Annual administration report of the Civil Veterinary Department of India - 1895-1896
Year: 1895
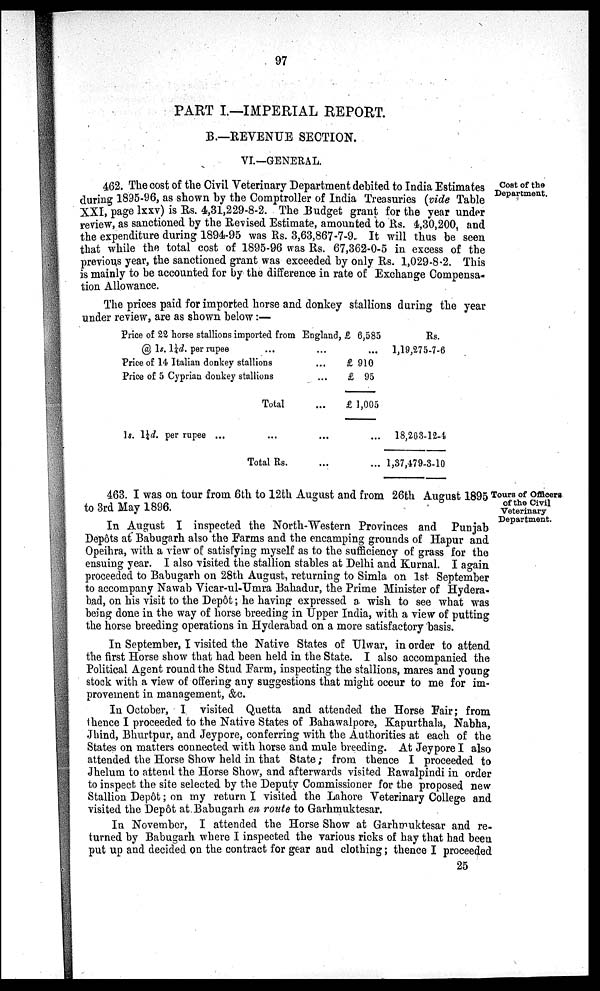
97
PART I.—IMPERIAL REPORT.
B.—REVENUE SECTION.
VI.—GENERAL.
Cost of the
Department.
462. The cost of the Civil Veterinary Department debited to India Estimates
during 1895-96, as shown by the Comptroller of India Treasuries (vide Table
XXI, page lxxv) is Rs. 4,31,229-8-2. The Budget grant for the year under
review, as sanctioned by the Revised Estimate, amounted to Rs. 4,30,200, and
the expenditure during 1894-95 was Rs. 3,63,867-7-9. It will thus be seen
that while the total cost of 1895-96 was Rs. 67,362-0-5 in excess of the
previous year, the sanctioned grant was exceeded by only Rs. 1,029-8-2. This
is mainly to be accounted for by the difference in rate of Exchange Compensa-
tion Allowance.
The prices paid for imported horse and donkey stallions during the year
under review, are as shown below:—
Price of 22 horse stallions imported from England, £ 6,585
@ 1s. 1¼d. per rupee
...
...
Price of 14 Italian donkey stallions...
Price of 5 Cyprian donkey stallions...
Total
...
1s. 1¼d. per rupee ...
...
...
Total Rs.
...
...
£ 910
£ 95
£ 1,005
...
...
Rs.
1,19,275-7-6
18,203-12-4
1,37,479-3-10
Tours of Officers
of the Civil
Veterinary
Department.
463. I was on tour from 6th to 12th August and from 26th August 1895
to 3rd May 1896.
In August I inspected the North-Western Provinces and Punjab
Depôts at Babugarh also the Farms and the encamping grounds of Hapur and
Opeihra, with a view of satisfying myself as to the sufficiency of grass for the
ensuing year. I also visited the stallion stables at Delhi and Kurnal. I again
proceeded to Babugarh on 28th August, returning to Simla on 1st September
to accompany Nawab Vicar-ul-Umra Bahadur, the Prime Minister of Hydera-
bad, on his visit to the Depôt; he having expressed a wish to see what was
being done in the way of horse breeding in Upper India, with a view of putting
the horse breeding operations in Hyderabad on a more satisfactory basis.
In September, I visited the Native States of Ulwar, in order to attend
the first Horse show that had been held in the State. I also accompanied the
Political Agent round the Stud Farm, inspecting the stallions, mares and young
stock with a view of offering any suggestions that might occur to me for im-
provement in management, &c.
In October, I visited Quetta and attended the Horse Fair; from
thence I proceeded to the Native States of Bahawalpore, Kapurthala, Nabha,
Jhind, Bhurtpur, and Jeypore, conferring with the Authorities at each of the
States on matters connected with horse and mule breeding. At Jeypore I also
attended the Horse Show held in that State; from thence I proceeded to
Jhelum to attend the Horse Show, and afterwards visited Rawalpindi in order
to inspect the site selected by the Deputy Commissioner for the proposed new
Stallion Depôt; on my return I visited the Lahore Veterinary College and
visited the Depot at Babugarh en route to Garhmuktesar.
In November, I attended the Horse Show at Garhmuktesar and re-
turned by Babugarh where I inspected the various ricks of hay that had been
put up and decided on the contract for gear and clothing; thence I proceeded
25